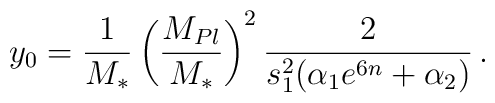
y_0 = {1\over M_*}\left( M_{Pl} \over M_* \right)^2{2 \over s_1^2(\alpha_1e^{6n}+\alpha_2)}\,.